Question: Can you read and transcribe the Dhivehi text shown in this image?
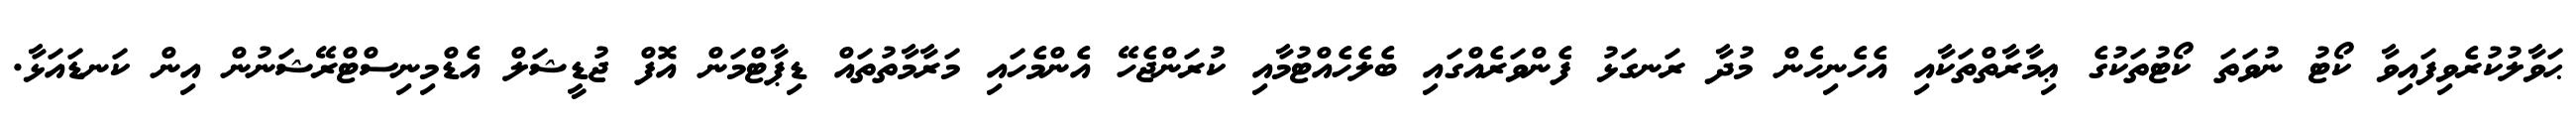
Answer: ޙަވާލުކުރެވިފައިވާ ކޯޓު ނުވަތަ ކޯޓުތަކުގެ ޢިމާރާތްތަކާއި އެހެނިހެން މުދާ ރަނގަޅު ފެންވަރެއްގައި ބެލެހެއްޓުމާއި ކުރަންޖެހޭ އެންމެހައި މަރާމާތުތައް ޑިޕާޓްމަން އޮފް ޖުޑީޝަލް އެޑްމިނިސްޓްރޭޝަނުން އިން ކަނޑައަޅާ.